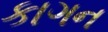
કાગન